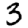
Digit: 3